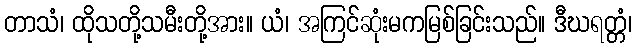
တာသံ၊ ထိုသတို့သမီးတို့အား။ ယံ၊ အကြင်ဆုံးမကမြစ်ခြင်းသည်။ ဒီဃရတ္တံ၊